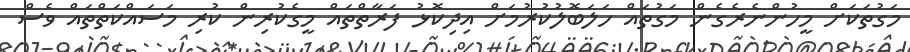
މަގުތަކަށް މީހުންނެރެގެން މަގުތައް ހަލަބޮލުކުރުމަށް އިދިކޮޅު ފަރާތްތައް މީގެކުރިން ކުރި މަސައްކަތްތައް ވެސް